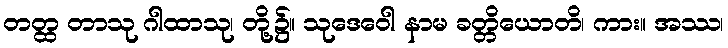
တတ္ထ တာသု ဂါထာသု၊ တို့၌။ သုဒေဝေါ နာမ ခတ္တိယောတိ၊ ကား။ အဿ၊